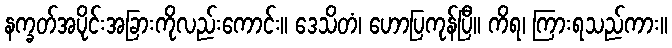
နက္ခတ်အပိုင်းအခြားကိုလည်းကောင်း။ ဒေသိတံ၊ ဟောပြကုန်ပြီ။ ကိရ၊ ကြားရသည်ကား။